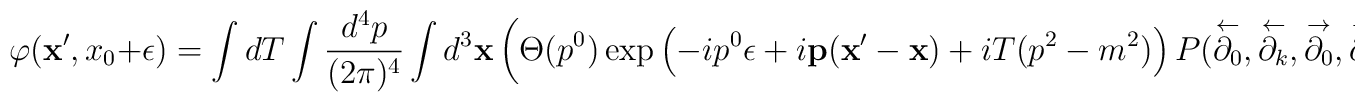
\varphi({\bf x}', x_0 + \epsilon) = \int dT \int \frac{d^4p}{(2 \pi)^4} \int d^3 {\bf x} \left( \Theta(p^0) \exp \left(-i p^0 \epsilon + i {\bf p} ({\bf x}'-{\bf x})+ i T (p^2 -m^2) \right) P(\stackrel{\leftarrow}{\partial_0},\stackrel{\leftarrow}{\partial_k},\stackrel{\rightarrow}{\partial_0},\stackrel{\rightarrow}{\partial_k}) \varphi({\bf x}, x_0)\right),